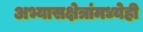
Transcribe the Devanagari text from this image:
अभ्यासक्षेत्रांमध्येही